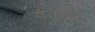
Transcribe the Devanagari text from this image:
यततत्र